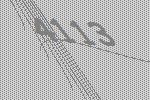
4113